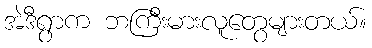
အဲဒီရွာက ဘကြီးမားလူတွေများတယ်။